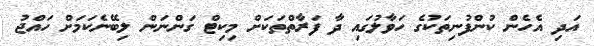
އަދި އެހެން ކުންފުނިތަކުގެ ހަވާލުގައި ދާ ފަރާތްތަކަށް މިކިޓް ގަންނަން ލިބޭނެކަމަށް ހައްޖު